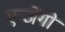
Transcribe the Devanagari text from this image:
एन्जेंगो